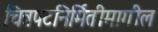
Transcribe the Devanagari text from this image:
चित्रपटनिर्मितीमागील